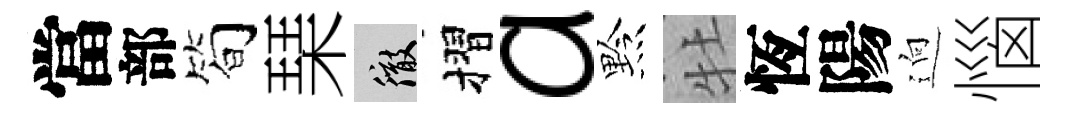
當部筍琹徹摺a黔牡恆陽逈惱